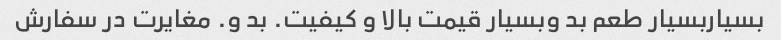
بسیاربسیار طعم بد وبسیار قیمت بالا و کیفیت. بد و. مغایرت در سفارش